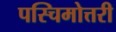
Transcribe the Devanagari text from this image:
पस्चिमोत्तरी